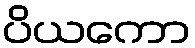
ပိယကော